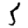
Digit: 5